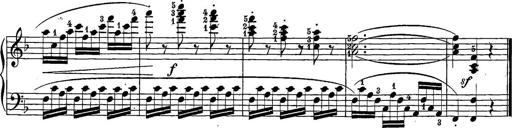
Title: 12 Sonatine per Pianoforte
Composer: Friedrich Kuhlau